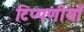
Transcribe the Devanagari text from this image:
टिप्पणीयाँ